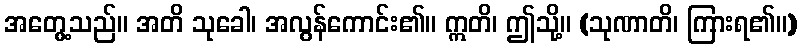
အတွေ့သည်။ အတိ သုခေါ၊ အလွန်ကောင်း၏။ ဣတိ၊ ဤသို့။ (သုဏာတိ၊ ကြားရ၏။)